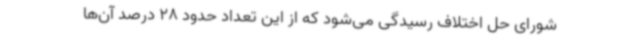
شورای حل اختلاف رسیدگی می‌شود که از این تعداد حدود 28 درصد آن‌ها